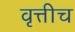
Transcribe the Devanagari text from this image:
वृत्तीच